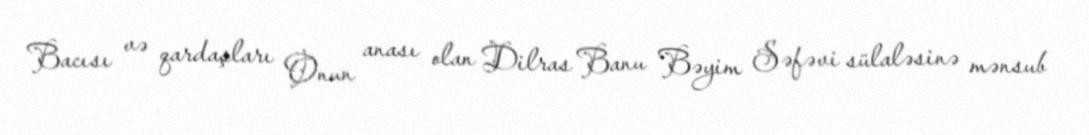
Bacısı və qardaşları Onun anası olan Dilras Banu Bəyim Səfəvi sülaləsinə mənsub